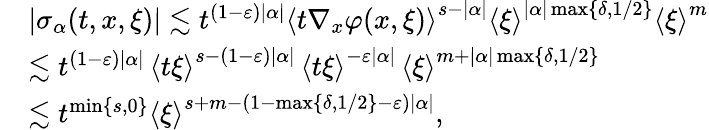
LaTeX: \begin{array}{rl}&{|\sigma_{\alpha}(t,x,\xi)|\lesssim t^{(1-\varepsilon)|\alpha|}{\langle{t\nabla_{x}\varphi(x,\xi)}\rangle}^{s-|\alpha|}{\langle{\xi}\rangle}^{|\alpha|\operatorname*{max}\{ \delta,1/2\} }{\langle{\xi}\rangle}^{m}}\\ &{\lesssim t^{(1-\varepsilon)|\alpha|}\, {\langle{t\xi}\rangle}^{s-(1-\varepsilon)|\alpha|}\, {\langle{t\xi}\rangle}^{-\varepsilon|\alpha|}\, {\langle{\xi}\rangle}^{m+|\alpha|\operatorname*{max}\{ \delta,1/2\} }}\\ &{\lesssim t^{\operatorname*{min}\{ s,0\} }{\langle{\xi}\rangle}^{s+m-(1-\operatorname*{max}\{ \delta,1/2\} -\varepsilon)|\alpha|},}\end{array}